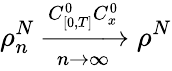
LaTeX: \rho_{n}^{N}\xrightarrow[n\rightarrow\infty]{C_{[0,T]}^{0}C_{x}^{0}}\rho^{N}